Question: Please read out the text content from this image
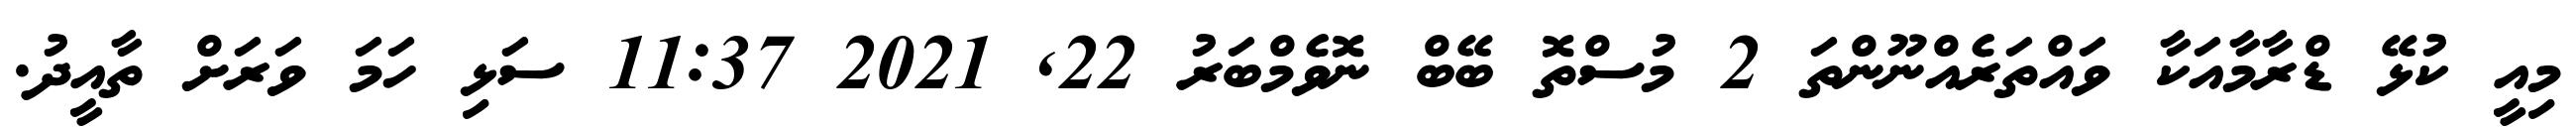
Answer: މިއީ ކުޅޭ ޑްރާމާއަކާ ވައްތަރެއްނޫންތަ 2 މުސްތޮ ބޭބް ނޮވެމްބަރު 22, 2021 11:37 ސަޅި ހަމަ ވަރަށް ތާއީދު.